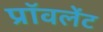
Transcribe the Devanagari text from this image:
प्रॉवलेंट